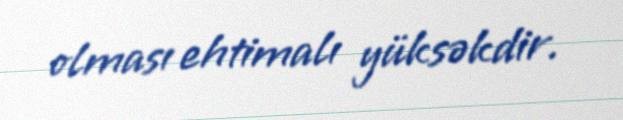
olması ehtimalı yüksəkdir.